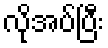
လိုအပ်ပြီး